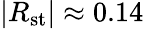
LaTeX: |R_{\mathrm{st}}|\approx 0.14